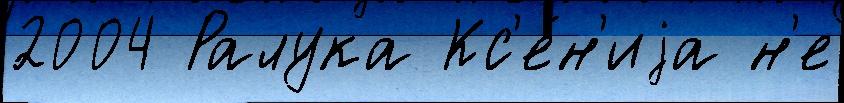
2004 Ралука Кс'е́н'иjа н'е